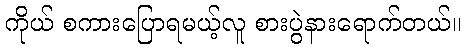
ကိုယ် စကားပြောရမယ့်လူ စားပွဲနားရောက်တယ်။